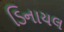
ડિનાયલ